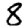
Digit: 8